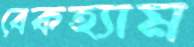
বেকহ্যাম